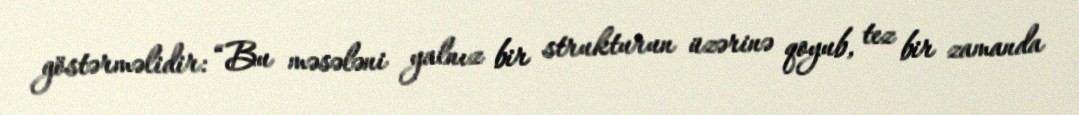
göstərməlidir: “Bu məsələni yalnız bir strukturun üzərinə qoyub, tez bir zamanda